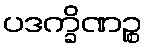
ပဒက္ခိဏဉ္စ